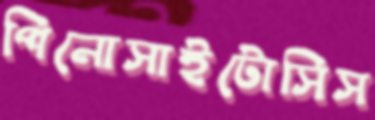
পিনোসাইটোসিস